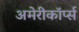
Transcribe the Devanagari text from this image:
अमेरीकॉर्प्स